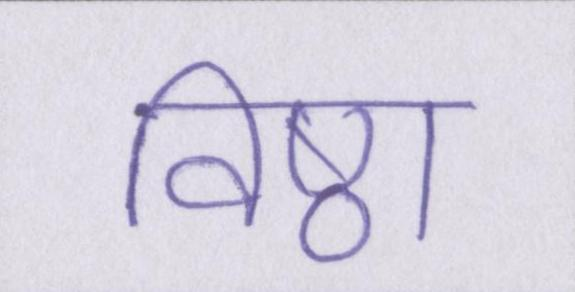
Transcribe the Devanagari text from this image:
विष्ठा